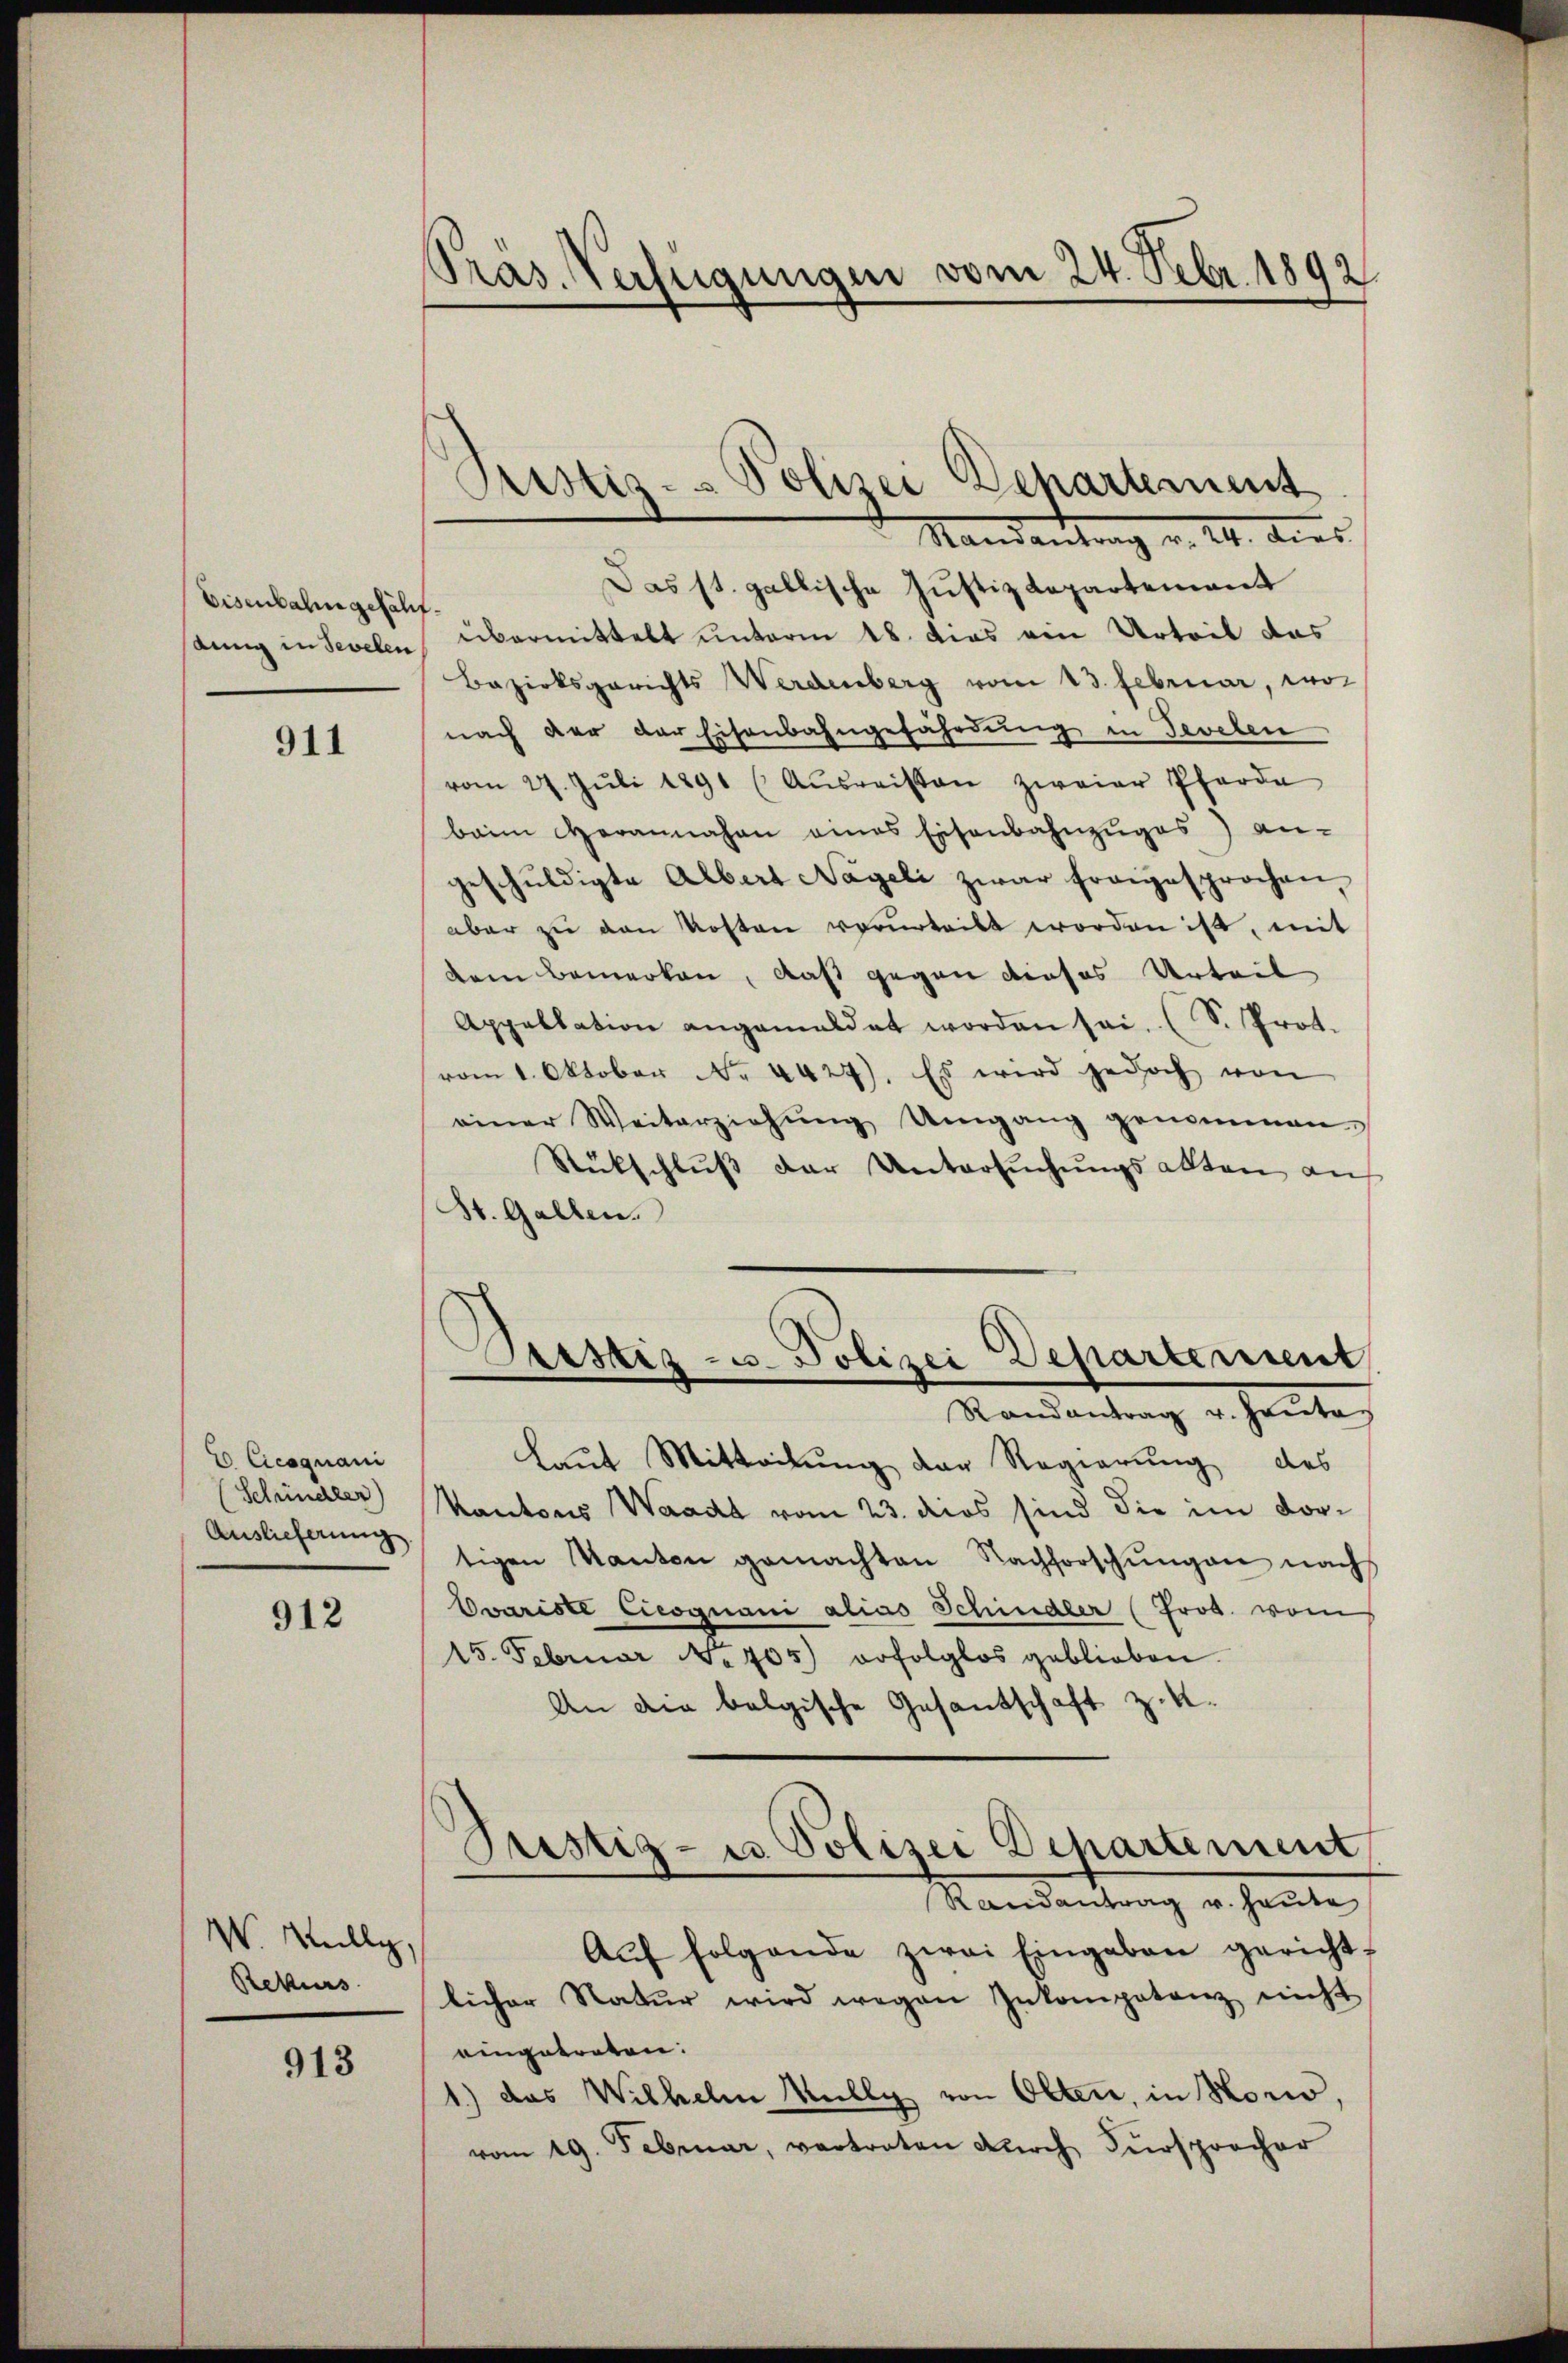
Eisenbahn gefäh
annig in Sevelen

911

E. Cicoguani
Schindler)
Auslieferung

912

W. Wully,
Rekurs

913

Präs. Verfügungen vom 24. Febr. 1892

Prustiz- & Polizei Departement

Mandantung v. 24. dies
Das st. gallische Justizdepartement
.
übermittelt unterm 18. das ein Urteil das
Bezirksgerichts Werdenberg vom 13. Februar, wo
nach der der Eisenbahngefährdung in Tevelen
vom 27. Jŭli 1891 (Aŭsreisten zweier Pferde
bam Herannahm eines Eisenbahnzuges) an-
geschŭldigte Albert Nageli zwar fragesprochen,
aber zŭ den Kosten verurteilt worden ist, mit
dem Bemerken, daß gegen dieses Urteil
Appellation angemeldet worden sei. (S. Prot.
vom 1. Oktober No. 4429). Es wird jedoch von
einer Weiterziehŭng Umgang genommen.
Rückschluss der Untersuchungsakten auf
St. Gallen.
Durstiz- u. Polizei Departement
Randantrag u. Heutes
Laut Mitteilung der Regierung des
Kantons Waadt vom 23. dies sind die im dortigen Kanton gemachten Nachforschŭngen nach
Couriste Cicognani alias Schindler (Prod. vom
15. Februar No. 405) erfolglos geblieben.
An die belgische Gesantschaft zit.
Justiz- u Polizei Departement
Randantrag u. heute
Aŭf folgende zwai Eingaben gericht-
licher Natŭr wird wegen Inkompetenz nicht
eingetreten.
1.) das Wilhelm Willy von Olten, in Honio,
vom 19. Februar, vertreten Dŭrch Fürsprocher